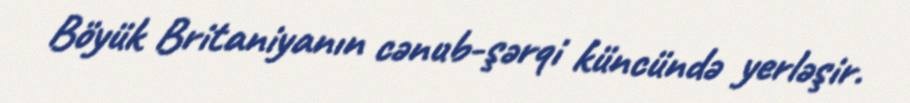
Böyük Britaniyanın cənub-şərqi küncündə yerləşir.